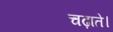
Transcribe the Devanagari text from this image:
चढ़ाते।